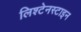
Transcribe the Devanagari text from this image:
लिश्टेनस्टाइन